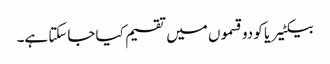
بیکٹیریا کو دو قسموں میں تقسیم کیا جاسکتا ہے۔